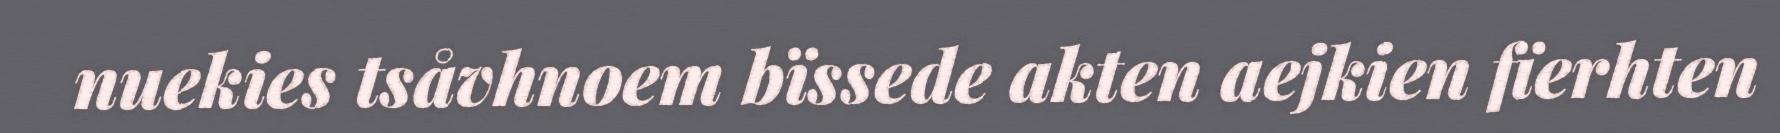
nuekies tsåvhnoem bïssede akten aejkien fïerhten